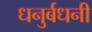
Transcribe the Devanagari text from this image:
धनुर्बधनी